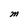
Character: M